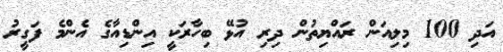
އަދި 100 މިލިއަން ރައްޔިތުން ދިރި އުޅޭ ބިހާރަކީ އިންޑިއާގެ އެންމެ ފަގީރު